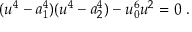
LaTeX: ( u ^ { 4 } - a _ { 1 } ^ { 4 } ) ( u ^ { 4 } - a _ { 2 } ^ { 4 } ) - u _ { 0 } ^ { 6 } u ^ { 2 } = 0 ~ .